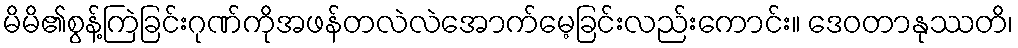
မိမိ၏စွန့်ကြဲခြင်းဂုဏ်ကိုအဖန်တလဲလဲအောက်မေ့ခြင်းလည်းကောင်း။ ဒေဝတာနုဿတိ၊